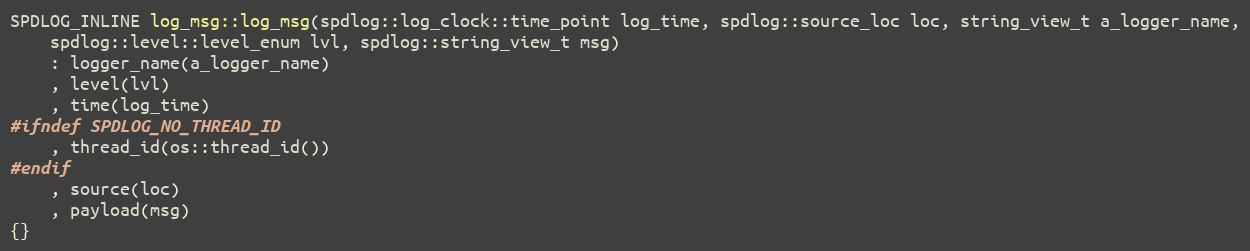
Language: C
SPDLOG_INLINE log_msg::log_msg(spdlog::log_clock::time_point log_time, spdlog::source_loc loc, string_view_t a_logger_name,
    spdlog::level::level_enum lvl, spdlog::string_view_t msg)
    : logger_name(a_logger_name)
    , level(lvl)
    , time(log_time)
#ifndef SPDLOG_NO_THREAD_ID
    , thread_id(os::thread_id())
#endif
    , source(loc)
    , payload(msg)
{}